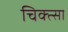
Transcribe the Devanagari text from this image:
चिक्त्सा